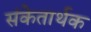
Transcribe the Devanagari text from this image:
संकेतार्थक